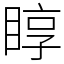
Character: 𥇜